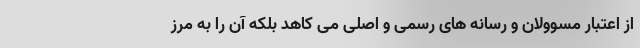
از اعتبار مسوولان و رسانه های رسمی و اصلی می کاهد بلکه آن را به مرز